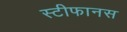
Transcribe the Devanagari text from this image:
स्टीफानस